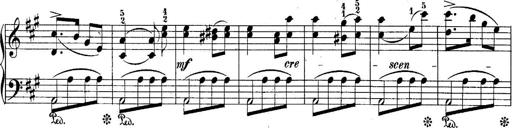
Title: 10 Sonatines progressives
Composer: Anton Schmoll